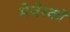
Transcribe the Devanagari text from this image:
मेजेस्‍को